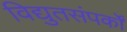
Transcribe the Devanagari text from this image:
विद्युतसंपर्कों